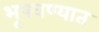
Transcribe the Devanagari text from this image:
भूषवण्यात